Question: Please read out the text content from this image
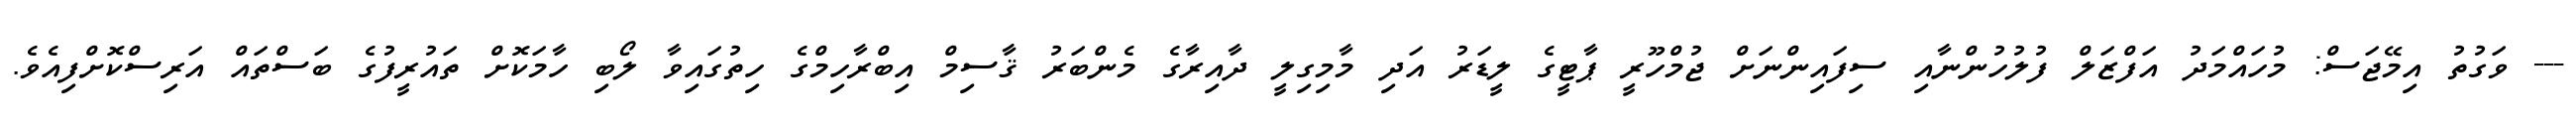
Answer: --- ވަގުތު އިމޭޖަސް: މުހައްމަދު އަފްޒަލް ފުލުހުންނާއި ސިފައިންނަށް ޖުމްހޫރީ ޕާޓީގެ ލީޑަރު އަދި މާމިގިލީ ދާއިރާގެ މެންބަރު ޤާސިމް އިބްރާހިމްގެ ހިތުގައިވާ ލޯބި ހާމަކޮށް ތައުރީފުގެ ބަސްތައް އަރިސްކޮށްފިއެވެ.